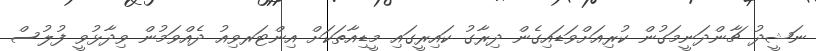
ނަޝީދު ޗާންދަނީމަގުން ކުރިއަށްވަޑައިގެން ދިރާގު ކައިރީގައި މީޑިއާތަކަށް އިންޓަރވިއު ދެއްވަމުން ވިދާޅުވީ ފުލުސް